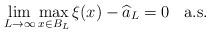
LaTeX: \begin{align*}\lim_{L \to \infty} \max_{x \in B_L} \xi(x) - \widehat{a}_L =0 \;\; \textnormal{ a.s.}\end{align*}